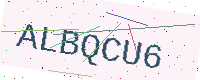
Text: ALBQCU6